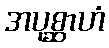
အပုစ္ဆာဟံ